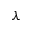
\lambda